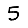
Digit: 5